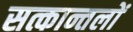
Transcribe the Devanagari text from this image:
सत्कान्तलों